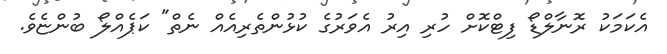
އެކަމަކު ރޮނާލްޑޯ ފިޓްކޮށް ހުރި އިރު އެވަރުގެ ކުޅުންތެރިއެއް ނެތް" ކަޕެއްލޯ ބުންޏެވެ.